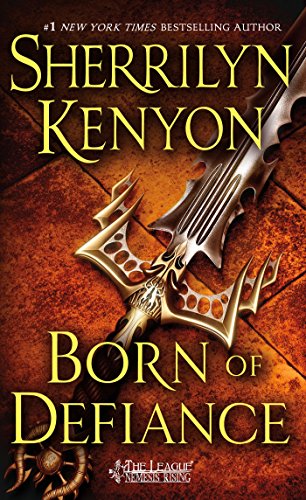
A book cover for Born of Defiance (The League: Nemesis Rising); Sherrilyn Kenyon; Science Fiction & Fantasy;